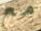
مع